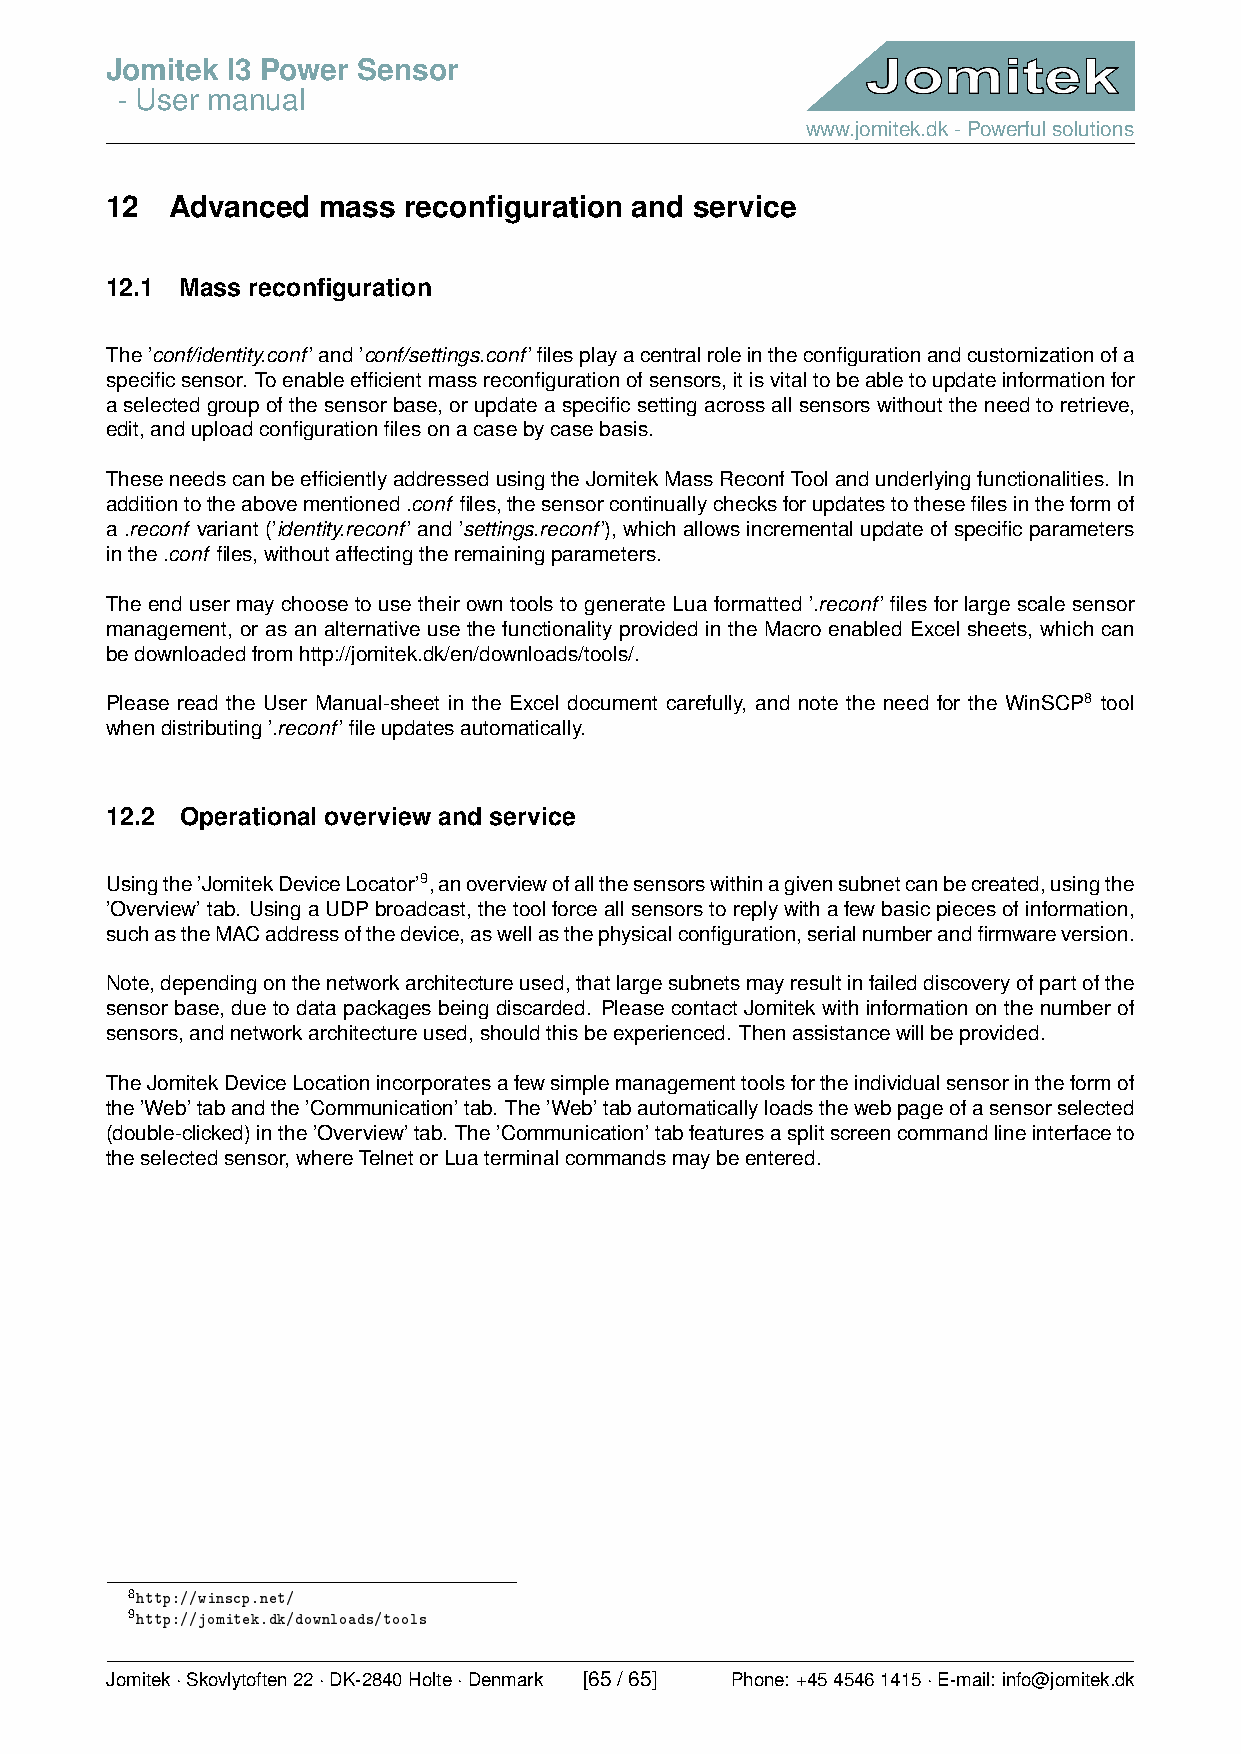
Jomitek I3 Power Sensor
 - User manual
 www.jomitek.dk-Powerfulsolutions
 12  Advanced  mass  reconfiguration and service
 12.1 Mass reconfiguration
 The’conf/identity.conf’and’conf/settings.conf’filesplayacentralroleintheconfigurationandcustomizationofa
 specificsensor. Toenableefficientmassreconfigurationofsensors,itisvitaltobeabletoupdateinformationfor
 aselectedgroupofthesensorbase,orupdateaspecificsettingacrossallsensorswithouttheneedtoretrieve,
 edit,anduploadconfigurationfilesonacasebycasebasis.
 TheseneedscanbeefficientlyaddressedusingtheJomitekMassReconfToolandunderlyingfunctionalities. In
 additiontotheabovementioned.conf files,thesensorcontinuallychecksforupdatestothesefilesintheformof
 a.reconf variant(’identity.reconf’and’settings.reconf’), whichallowsincrementalupdateofspecificparameters
 inthe.conf files,withoutaffectingtheremainingparameters.
 The end user may choose to use their own tools to generate Lua formatted ’.reconf’ files for large scale sensor
 management, or as an alternative use the functionality provided in the Macro enabled Excel sheets, which can
 bedownloadedfromhttp://jomitek.dk/en/downloads/tools/.
 Please read the User Manual-sheet in the Excel document carefully, and note the need for the WinSCP8 tool
 whendistributing’.reconf’fileupdatesautomatically.
 12.2 Operational overview and service
 Usingthe’JomitekDeviceLocator’9,anoverviewofallthesensorswithinagivensubnetcanbecreated,usingthe
 ’Overview’tab. UsingaUDPbroadcast,thetoolforceallsensorstoreplywithafewbasicpiecesofinformation,
 suchastheMACaddressofthedevice,aswellasthephysicalconfiguration,serialnumberandfirmwareversion.
 Note,dependingonthenetworkarchitectureused,thatlargesubnetsmayresultinfaileddiscoveryofpartofthe
 sensor base, due to data packages being discarded. Please contact Jomitek with information on the number of
 sensors,andnetworkarchitectureused,shouldthisbeexperienced. Thenassistancewillbeprovided.
 TheJomitekDeviceLocationincorporatesafewsimplemanagementtoolsfortheindividualsensorintheformof
 the’Web’tabandthe’Communication’tab. The’Web’tabautomaticallyloadsthewebpageofasensorselected
 (double-clicked)inthe’Overview’tab. The’Communication’tabfeaturesasplitscreencommandlineinterfaceto
 theselectedsensor,whereTelnetorLuaterminalcommandsmaybeentered.
 8http://winscp.net/
 9http://jomitek.dk/downloads/tools
 Jomitek·Skovlytoften22·DK-2840Holte·Denmark [65/65] Phone: +4545461415·E-mail: info@jomitek.dk